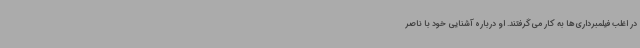
در اغلب فیلمبرداری‌ها به کار می‌گرفتند. او درباره آشنایی خود با ناصر